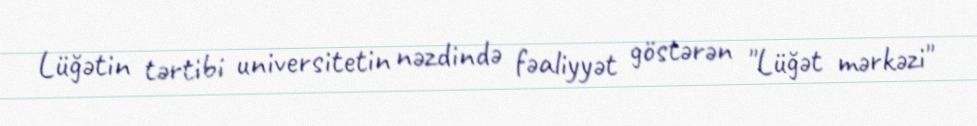
Lüğətin tərtibi universitetin nəzdində fəaliyyət göstərən "Lüğət mərkəzi"